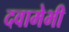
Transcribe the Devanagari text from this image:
दवामेभी